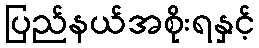
ပြည်နယ်အစိုးရနှင့်